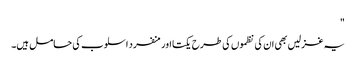
"
یہ غزلیں بھی ان کی نظموں کی طرح یکتا اور منفرد اسلوب کی حامل ہیں۔